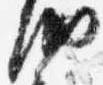
納